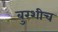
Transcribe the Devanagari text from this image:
बुरशीच